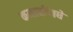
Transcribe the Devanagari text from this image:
कमानींमधे